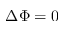
\Delta \Phi = 0